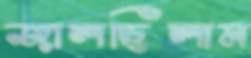
জালছিলাম